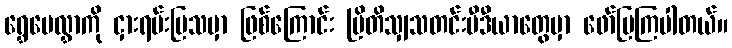
ရွှေပေလွှာကို ငှားရမ်းပြသမှာ ဖြစ်ကြောင်း ဗြိတိသျှသတင်းမီဒီယာတွေမှာ ဖော်ပြကြပါတယ်။